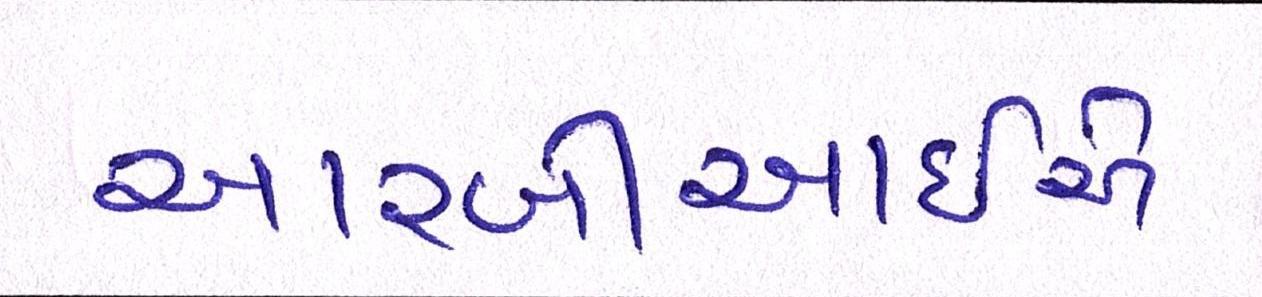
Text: આરબીઆઇએ